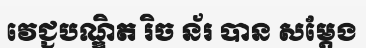
វេជ្ជបណ្ឌិត រិច ន័រ បាន សម្តែង